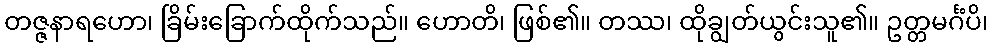
တဇ္ဇနာရဟော၊ ခြိမ်းခြောက်ထိုက်သည်။ ဟောတိ၊ ဖြစ်၏။ တဿ၊ ထိုချွတ်ယွင်းသူ၏။ ဥတ္တမင်္ဂံပိ၊